system: You are a helpful assistant.
user:
Analyze the provided spectrum to determine if it is a **S-type Star**.

- **Key Indicators for S-type Star:**

    - **(Overall Spectrum Shape):** The first and most obvious characteristic is the overall continuum (the "baseline" shape). It is **extremely "red-sloping,"** meaning the flux (light intensity) is very low on the left side (blue, ~4000-4500 Å) and rises steeply and continuously toward the right side (red, ~7000 Å+).

    - **(Primary):** The spectrum is defined by the presence of strong, broad molecular absorption "valleys" (bands) from **Zirconium Oxide (ZrO)**. The identification of these bands is the **primary requirement** for classifying a star as S-type.
        - **(Key Bandheads):** You must find distinct, deep "dips" where the light has been absorbed. The most critical band systems to locate are:
            - **~6474 Å** ($\gamma$-system): This is often the strongest and clearest ZrO feature, found in the red part of the spectrum.
            - **~5718 Å** & **~5551 Å** ($\beta$-system): A pair of prominent absorption features in the yellow-orange part of the spectrum.
            - **~4640 Å** ($\alpha$-system): A key absorption band system in the blue-green region of the spectrum.

    - **(Secondary Confirmation):** The classification is strengthened by finding additional absorption bands from other related heavy element oxides, which are expected to be present alongside ZrO.
        - **(Key Bandheads):**
            - **Yttrium Oxide (YO):** Look for absorption dips near **~4800 Å** and **~6100 Å**.
            - **Lanthanum Oxide (LaO):** Additional absorption features, particularly in the red-orange part of the spectrum, are also characteristic.

    - **(Line Profile):** The combination of the steep red continuum and these numerous, deep molecular bands (ZrO, YO, etc.) gives the entire spectrum a very **"chopped-up"** or **"bumpy"** appearance. Instead of a smooth curve, the spectrum looks as though large, wide chunks of light have been "carved out" of it at the specific wavelengths listed above.

Think first, call **spectral_visualization_tool** if needed to examine features in detail, then provide your final answer. Your response must adhere to the following strict rules:
1.  **Overall Structure:** Your response must follow the format `<think>...</think> <tool_call>...</tool_call> (if a tool is used) <answer>...</answer>`.
2.  **Tool Usage Constraint:** You may only make **one** tool call per turn.
3.  **Final Answer Format:** In the `<answer>` tag, your conclusion must be inside a `\boxed{}` command (e.g., `\boxed{YES}` or `\boxed{NO}`), followed by your justification.

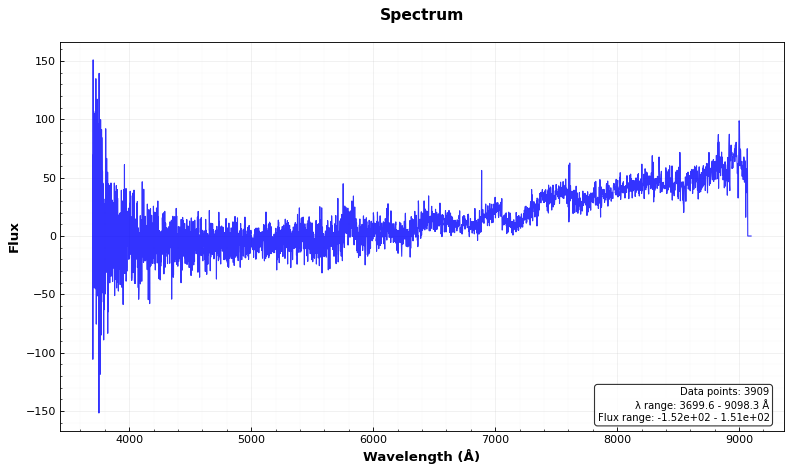
Answer: YES